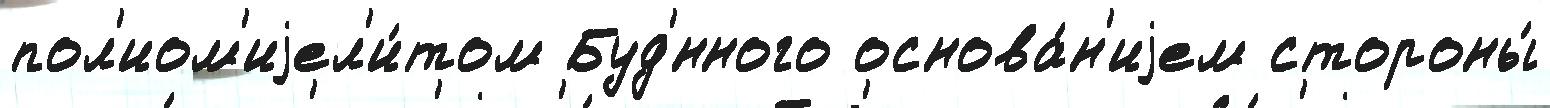
пол'иом'иjел'и́том Буд'́нного основа́н'иjем стороны́